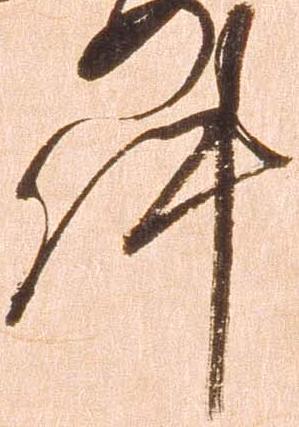
件